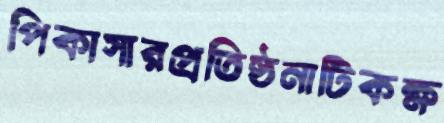
পিকাসারপ্রতিষ্ঠনাটিকক্ষ